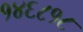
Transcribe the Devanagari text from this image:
१४६८१८